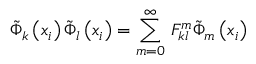
\tilde { \Phi } _ { k } \left( x _ { i } \right) \tilde { \Phi } _ { l } \left( x _ { i } \right) = \sum _ { m = 0 } ^ { \infty } \, F _ { k l } ^ { m } \tilde { \Phi } _ { m } \left( x _ { i } \right)